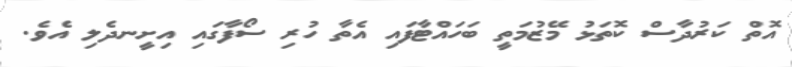
އޮތް ކަރުދާސް ކޮތަޅު މޭޒުމަތީ ބަހައްޓާފައި އެތާ ހުރި ސޯފާގައި އިށީނދެލި އެވެ.